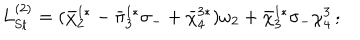
LaTeX: L _ { \mathrm { S t } } ^ { ( 2 ) } = ( { \bar { \chi } } _ { 2 } ^ { 1 * } - { \bar { \pi } } _ { 3 } ^ { 1 * } \sigma _ { - } + { \bar { \chi } } _ { 4 } ^ { 3 * } ) \omega _ { 2 } + { \bar { \chi } } _ { 3 } ^ { 1 * } \sigma _ { - } \chi _ { 4 } ^ { 3 } \, ;